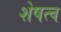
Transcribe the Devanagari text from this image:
शेषत्व